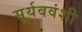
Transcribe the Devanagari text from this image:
सूर्यववंशी